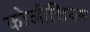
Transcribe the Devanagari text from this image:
कोलीसियम